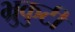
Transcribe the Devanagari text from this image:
भ्रुकुटी